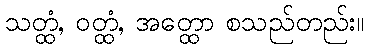
သတ္ထံ, ဝတ္ထံ, အတ္ထော စသည်တည်း။